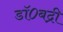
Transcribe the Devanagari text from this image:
डॉ०बद्री